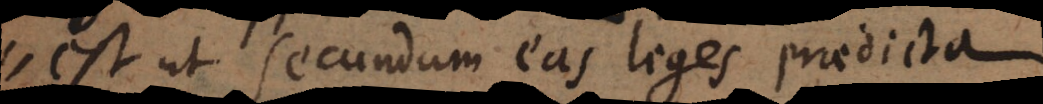
est ut secundum eas leges praedicta